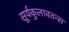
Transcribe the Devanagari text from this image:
सूर्यकुलावतन्स